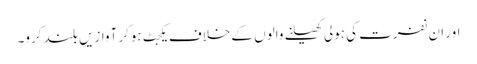
اور ان نفرت کی ہولی کھیلنے والوں کے خلاف یکجٹ ہوکر آوازیں بلند کرو۔